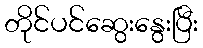
တိုင်ပင်ဆွေးနွေးပြီး